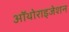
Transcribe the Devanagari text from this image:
ऑथोराइजेशन